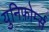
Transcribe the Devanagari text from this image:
युनिफ़ोर्म्स